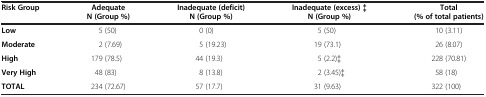
<table><thead><tr><td><b>Risk Group</b></td><td><b>Adequate N (Group %)</b></td><td><b>Inadequate (deficit) N (Group %)</b></td><td><b>Inadequate (excess) ‡ N (Group %)</b></td><td><b>Total (% of total patients)</b></td></tr></thead><tbody><tr><td><b>Low</b></td><td>5 (50)</td><td>0 (0)</td><td>5 (50)</td><td>10 (3.11)</td></tr><tr><td><b>Moderate</b></td><td>2 (7.69)</td><td>5 (19.23)</td><td>19 (73.1)</td><td>26 (8.07)</td></tr><tr><td><b>High</b></td><td>179 (78.5)</td><td>44 (19.3)</td><td>5 (2.2)‡</td><td>228 (70.81)</td></tr><tr><td><b>Very High</b></td><td>48 (83)</td><td>8 (13.8)</td><td>2 (3.45)‡</td><td>58 (18)</td></tr><tr><td><b>TOTAL</b></td><td>234 (72.67)</td><td>57 (17.7)</td><td>31 (9.63)</td><td>322 (100)</td></tr></tbody></table>